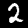
Digit: 2